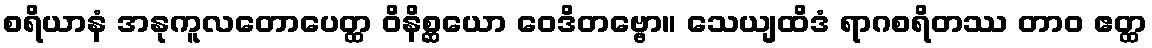
စရိယာနံ အနုကူလတောပေတ္ထ ဝိနိစ္ဆယော ဝေဒိတဗ္ဗော။ သေယျထိဒံ ရာဂစရိတဿ တာဝ ဧတ္ထ